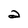
Character: a